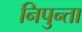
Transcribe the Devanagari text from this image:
निपुन्ता